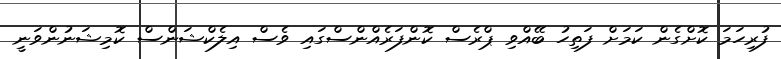
ފުރިހަމަ ކޮށްގެން ކަމަށް ފަތިހު ބޭއްވި ޕްރެސް ކޮންފަރެއްންސްގައި ވެސް އިލެކްޝަންސް ކޮމިޝަނުންވަނީ